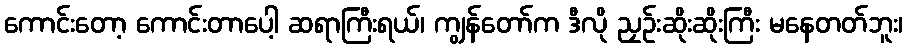
ကောင်းတော့ ကောင်းတာပေါ့ ဆရာကြီးရယ်၊ ကျွန်တော်က ဒီလို ညှဉ်းဆိုးဆိုးကြီး မနေတတ်ဘူး၊